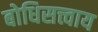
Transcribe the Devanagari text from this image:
बोधिसत्त्वाय